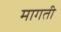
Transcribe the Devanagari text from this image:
मागती